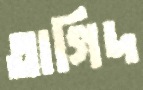
তাগিদ